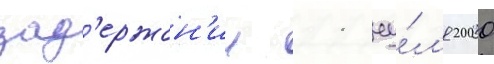
зад'ержан'ии 11 иу́л'я 2000